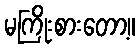
မကြိုးစားတော့။